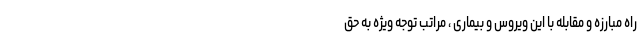
راه مبارزه و مقابله با این ویروس و بیماری ، مراتب توجه ویژه به حق